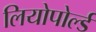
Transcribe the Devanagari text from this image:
लियोपोर्ल्ड